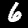
Label: 6